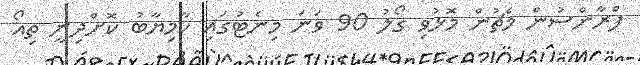
ފްރާންސުން މެޗުން މޮޅުވި ގޯލު 90 ވަނަ މިނެޓުގައި ކާމިޔާބު ކޮށްދިނީ ތިއޯ